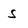
Character: S